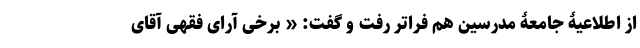
از اطلاعیۀ جامعۀ مدرسین هم فراتر رفت و گفت: « برخی آرای فقهی آقای